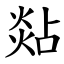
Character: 煔